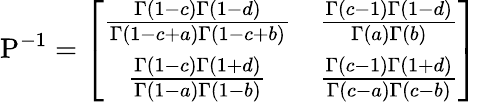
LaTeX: \mathrm{P}^{-1}=\left[\begin{array}{cc}{\frac{\Gamma(1-c)\Gamma(1-d)}{\Gamma(1-c+a)\Gamma(1-c+b)}}&{\frac{\Gamma(c-1)\Gamma(1-d)}{\Gamma(a)\Gamma(b)}}\\ {\frac{\Gamma(1-c)\Gamma(1+d)}{\Gamma(1-a)\Gamma(1-b)}}&{\frac{\Gamma(c-1)\Gamma(1+d)}{\Gamma(c-a)\Gamma(c-b)}}\end{array}\right]